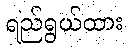
ရည်ရွယ်ထား